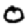
Digit: 0